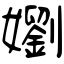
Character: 嬼